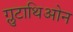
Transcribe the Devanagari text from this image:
ग्लुटाथिओन